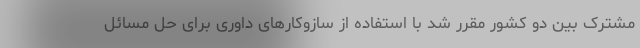
مشترک بین دو کشور مقرر شد با استفاده از سازوکارهای داوری برای حل مسائل